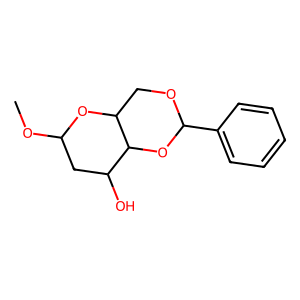
SMILES: COC1CC(O)C2OC(c3ccccc3)OCC2O1
Inhibits HIV replication: No